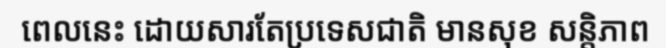
ពេលនេះ ដោយសារតែប្រទេសជាតិ មានសុខ សន្តិភាព